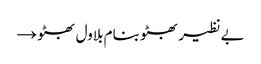
بے نظیر بھٹو بنام بلاول بھٹو →